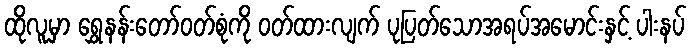
ထိုလူမှာ ရွှေနန်းတော်ဝတ်စုံကို ဝတ်ထားလျက် ပုပြတ်သောအရပ်အမောင်းနှင့် ပါးနပ်